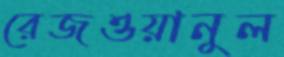
রেজওয়ানুল